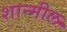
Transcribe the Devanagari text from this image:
शान्मील